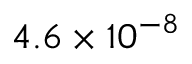
4 . 6 \times 1 0 ^ { - 8 }